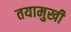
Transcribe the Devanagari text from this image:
तयामुखी